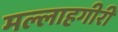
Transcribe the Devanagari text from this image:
मल्लाहगीरी